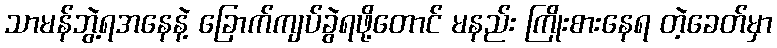
သာမန်ဘွဲ့ရအနေနဲ့ ခြောက်ကျပ်ခွဲရဖို့တောင် မနည်း ကြိုးစားနေရ တဲ့ခေတ်မှာ